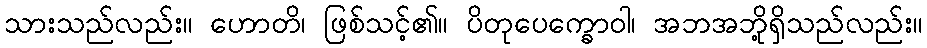
သားသည်လည်း။ ဟောတိ၊ ဖြစ်သင့်၏။ ပိတုပေက္ခောဝါ၊ အဘအဘို့ရှိသည်လည်း။